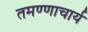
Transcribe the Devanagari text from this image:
तमण्णाचार्य